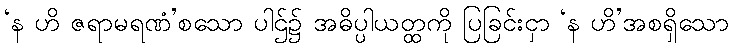
‘န ဟိ ဇရာမရဏံ’စသော ပါဌ်၌ အဓိပ္ပါယတ္ထကို ပြခြင်းငှာ ‘န ဟိ’အစရှိသော